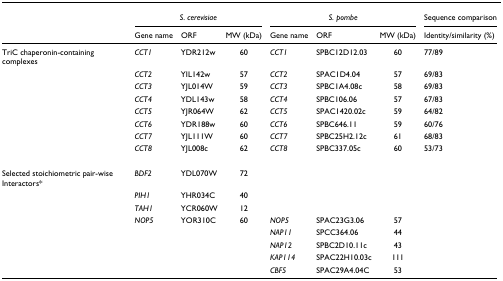
<table><thead><tr><td></td><td colspan="3"><b><i>S. cerevisiae</i></b></td><td colspan="3"><b><i>S. pombe</i></b></td><td><b>Sequence comparison</b></td></tr><tr><td></td><td><b>Gene name</b></td><td><b>ORF</b></td><td><b>MW (kDa)</b></td><td><b>Gene name</b></td><td><b>ORF</b></td><td><b>MW (kDa)</b></td><td><b>Identity/similarity (%)</b></td></tr></thead><tbody><tr><td>TriC chaperonin-containing complexes</td><td><i>CCT1</i></td><td>YDR212w</td><td>60</td><td><i>CCT1</i></td><td>SPBC12D12.03</td><td>60</td><td>77/89</td></tr><tr><td></td><td><i>CCT2</i></td><td>YIL142w</td><td>57</td><td><i>CCT2</i></td><td>SPAC1D4.04</td><td>57</td><td>69/83</td></tr><tr><td></td><td><i>CCT3</i></td><td>YJL014W</td><td>59</td><td><i>CCT3</i></td><td>SPBC1A4.08c</td><td>58</td><td>69/83</td></tr><tr><td></td><td><i>CCT4</i></td><td>YDL143w</td><td>58</td><td><i>CCT4</i></td><td>SPBC106.06</td><td>57</td><td>67/83</td></tr><tr><td></td><td><i>CCT5</i></td><td>YJR064W</td><td>62</td><td><i>CCT5</i></td><td>SPAC1420.02c</td><td>59</td><td>64/82</td></tr><tr><td></td><td><i>CCT6</i></td><td>YDR188w</td><td>60</td><td><i>CCT6</i></td><td>SPBC646.11</td><td>59</td><td>60/76</td></tr><tr><td></td><td><i>CCT7</i></td><td>YJL111W</td><td>60</td><td><i>CCT7</i></td><td>SPBC25H2.12c</td><td>61</td><td>68/83</td></tr><tr><td></td><td><i>CCT8</i></td><td>YJL008c</td><td>62</td><td><i>CCT8</i></td><td>SPBC337.05c</td><td>60</td><td>53/73</td></tr><tr><td>Selected stoichiometric pair-wise Interactors*</td><td><i>BDF2</i></td><td>YDL070W</td><td>72</td><td></td><td></td><td></td><td></td></tr><tr><td></td><td><i>PIH1</i></td><td>YHR034C</td><td>40</td><td></td><td></td><td></td><td></td></tr><tr><td></td><td><i>TAH1</i></td><td>YCR060W</td><td>12</td><td></td><td></td><td></td><td></td></tr><tr><td></td><td><i>NOP5</i></td><td>YOR310C</td><td>60</td><td><i>NOP5</i></td><td>SPAC23G3.06</td><td>57</td><td></td></tr><tr><td></td><td></td><td></td><td></td><td><i>NAP11</i></td><td>SPCC364.06</td><td>44</td><td></td></tr><tr><td></td><td></td><td></td><td></td><td><i>NAP12</i></td><td>SPBC2D10.11c</td><td>43</td><td></td></tr><tr><td></td><td></td><td></td><td></td><td><i>KAP114</i></td><td>SPAC22H10.03c</td><td>111</td><td></td></tr><tr><td></td><td></td><td></td><td></td><td><i>CBF5</i></td><td>SPAC29A4.04C</td><td>53</td><td></td></tr></tbody></table>